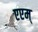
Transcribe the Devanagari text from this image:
एएम्